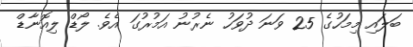
ބަލައި މިމަހުގެ 25 ވަނަ ދުވަހު ނެރުނު އަމުރުގަ އެވެ. ލޯޑް ލިއޮނާޑް